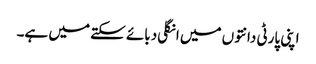
اپنی پارٹی دانتوں میں انگلی دبائے سکتے میں ہے۔